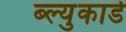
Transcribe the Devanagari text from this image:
ब्ल्युकार्ड